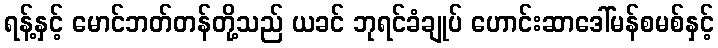
ရန့်နှင့် မောင်ဘတ်တန်တို့သည် ယခင် ဘုရင်ခံချုပ် ဟောင်းဆာဒေါ်မန်စမစ်နှင့်